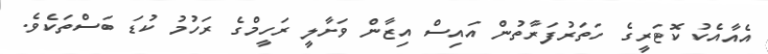
އެއާއެކު ކޮޓަރީގެ ހަތަރުފަރާތުން އައިސް އިޒާން ވަށާލީ ރަހީމްގެ ރަހުމު ކުޑަ ބަސްތަކެވެ.